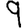
Digit: 9